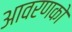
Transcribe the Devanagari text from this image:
आवरणको